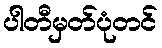
ပါတီမှတ်ပုံတင်